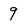
Character: 9